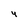
Character: 4